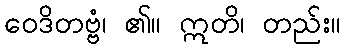
ဝေဒိတဗ္ဗံ၊ ၏။ ဣတိ၊ တည်း။